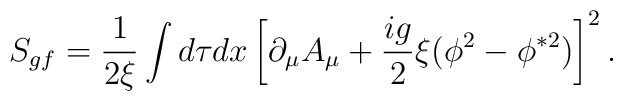
S_{gf} = \frac{1}{2 \xi} \int d\tau dx\left[ \partial_{\mu} A_{\mu} + \frac{ig}{2} \xi (\phi^2 - \phi^{\ast 2})                                                           \right]^2.